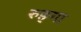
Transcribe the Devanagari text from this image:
रुङ्गा